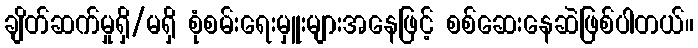
ချိတ်ဆက်မှုရှိ/မရှိ စုံစမ်းရေးမှူးများအနေဖြင့် စစ်ဆေးနေဆဲဖြစ်ပါတယ်။